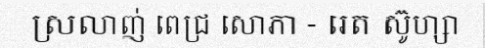
ស្រលាញ់ ពេជ្រ សោភា - រេត ស៊ូហ្សា